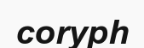
coryph